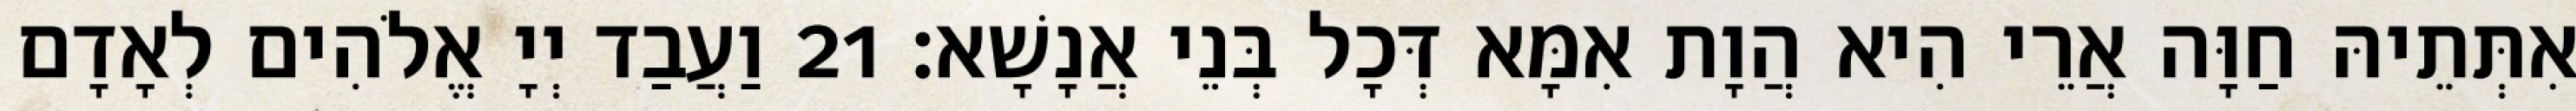
אִתְּתֵיהּ חַוָּה אֲרֵי הִיא הֲוָת אִמָּא דְּכָל בְּנֵי אֲנָשָׁא׃ 21 וַעֲבַד יְיָ אֱלֹהִים לְאָדָם